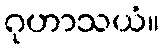
ဂုဟာသယံ။